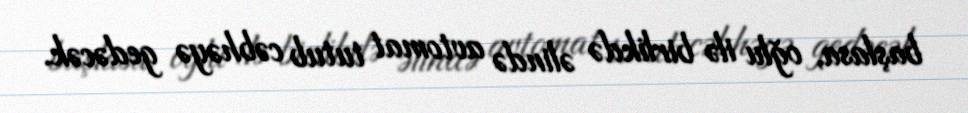
başlasa, oğlu ilə birlikdə əlində avtomat tutub cəbhəyə gedəcək.